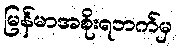
မြန်မာအစိုးရဘက်မှ